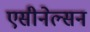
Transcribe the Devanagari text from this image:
एसीनेल्सन